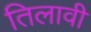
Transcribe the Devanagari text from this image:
तिलावी